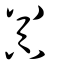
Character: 嚻